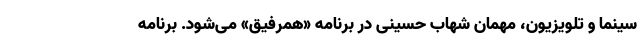
سینما و تلویزیون، مهمان شهاب حسینی در برنامه «همرفیق» می‌شود. برنامه